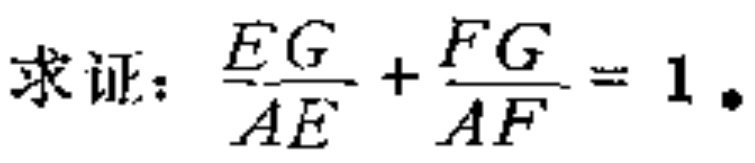
求证：\(\frac{EG}{AE}+\frac{FG}{AF}=1\)。